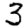
Digit: 3